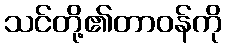
သင်တို့၏တာဝန်ကို